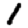
Digit: 1